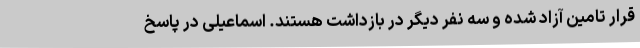
قرار تامین آزاد شده و سه نفر دیگر در بازداشت هستند. اسماعیلی در پاسخ